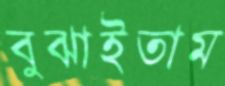
বুঝাইতাম